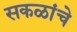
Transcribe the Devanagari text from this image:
सकळांचे